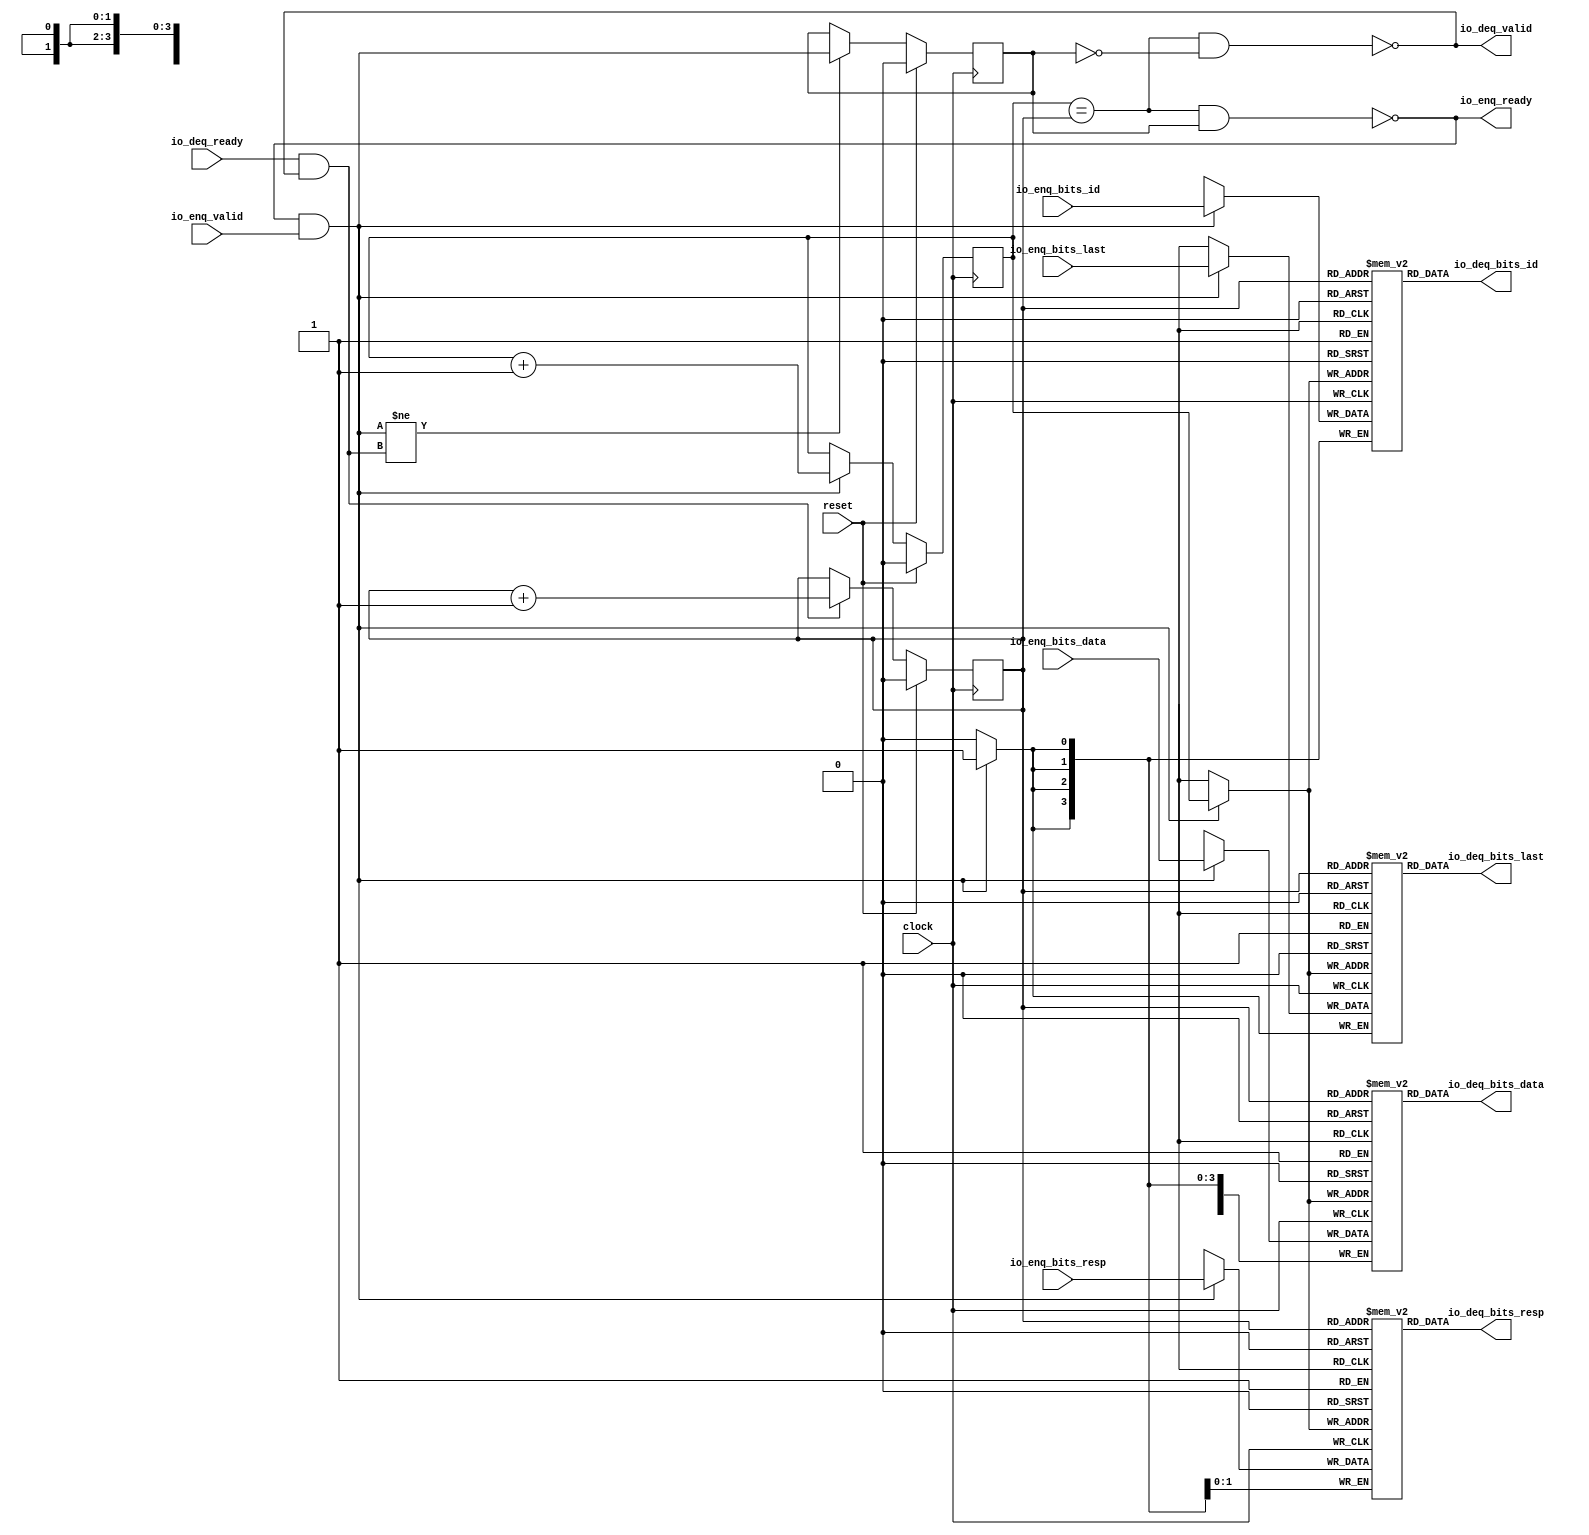
module Queue_4( // @[:freechips.rocketchip.system.DefaultRV32Config.fir@22589.2]
  input         clock, // @[:freechips.rocketchip.system.DefaultRV32Config.fir@22590.4]
  input         reset, // @[:freechips.rocketchip.system.DefaultRV32Config.fir@22591.4]
  output        io_enq_ready, // @[:freechips.rocketchip.system.DefaultRV32Config.fir@22592.4]
  input         io_enq_valid, // @[:freechips.rocketchip.system.DefaultRV32Config.fir@22592.4]
  input  [3:0]  io_enq_bits_id, // @[:freechips.rocketchip.system.DefaultRV32Config.fir@22592.4]
  input  [31:0] io_enq_bits_data, // @[:freechips.rocketchip.system.DefaultRV32Config.fir@22592.4]
  input  [1:0]  io_enq_bits_resp, // @[:freechips.rocketchip.system.DefaultRV32Config.fir@22592.4]
  input         io_enq_bits_last, // @[:freechips.rocketchip.system.DefaultRV32Config.fir@22592.4]
  input         io_deq_ready, // @[:freechips.rocketchip.system.DefaultRV32Config.fir@22592.4]
  output        io_deq_valid, // @[:freechips.rocketchip.system.DefaultRV32Config.fir@22592.4]
  output [3:0]  io_deq_bits_id, // @[:freechips.rocketchip.system.DefaultRV32Config.fir@22592.4]
  output [31:0] io_deq_bits_data, // @[:freechips.rocketchip.system.DefaultRV32Config.fir@22592.4]
  output [1:0]  io_deq_bits_resp, // @[:freechips.rocketchip.system.DefaultRV32Config.fir@22592.4]
  output        io_deq_bits_last // @[:freechips.rocketchip.system.DefaultRV32Config.fir@22592.4]
);
`ifdef RANDOMIZE_MEM_INIT
  reg [31:0] _RAND_0;
  reg [31:0] _RAND_1;
  reg [31:0] _RAND_2;
  reg [31:0] _RAND_3;
`endif // RANDOMIZE_MEM_INIT
`ifdef RANDOMIZE_REG_INIT
  reg [31:0] _RAND_4;
  reg [31:0] _RAND_5;
  reg [31:0] _RAND_6;
`endif // RANDOMIZE_REG_INIT
  reg [3:0] ram_id [0:1]; // @[Decoupled.scala 209:16:freechips.rocketchip.system.DefaultRV32Config.fir@22594.4]
  wire [3:0] ram_id__T_15_data; // @[Decoupled.scala 209:16:freechips.rocketchip.system.DefaultRV32Config.fir@22594.4]
  wire  ram_id__T_15_addr; // @[Decoupled.scala 209:16:freechips.rocketchip.system.DefaultRV32Config.fir@22594.4]
  wire [3:0] ram_id__T_5_data; // @[Decoupled.scala 209:16:freechips.rocketchip.system.DefaultRV32Config.fir@22594.4]
  wire  ram_id__T_5_addr; // @[Decoupled.scala 209:16:freechips.rocketchip.system.DefaultRV32Config.fir@22594.4]
  wire  ram_id__T_5_mask; // @[Decoupled.scala 209:16:freechips.rocketchip.system.DefaultRV32Config.fir@22594.4]
  wire  ram_id__T_5_en; // @[Decoupled.scala 209:16:freechips.rocketchip.system.DefaultRV32Config.fir@22594.4]
  reg [31:0] ram_data [0:1]; // @[Decoupled.scala 209:16:freechips.rocketchip.system.DefaultRV32Config.fir@22594.4]
  wire [31:0] ram_data__T_15_data; // @[Decoupled.scala 209:16:freechips.rocketchip.system.DefaultRV32Config.fir@22594.4]
  wire  ram_data__T_15_addr; // @[Decoupled.scala 209:16:freechips.rocketchip.system.DefaultRV32Config.fir@22594.4]
  wire [31:0] ram_data__T_5_data; // @[Decoupled.scala 209:16:freechips.rocketchip.system.DefaultRV32Config.fir@22594.4]
  wire  ram_data__T_5_addr; // @[Decoupled.scala 209:16:freechips.rocketchip.system.DefaultRV32Config.fir@22594.4]
  wire  ram_data__T_5_mask; // @[Decoupled.scala 209:16:freechips.rocketchip.system.DefaultRV32Config.fir@22594.4]
  wire  ram_data__T_5_en; // @[Decoupled.scala 209:16:freechips.rocketchip.system.DefaultRV32Config.fir@22594.4]
  reg [1:0] ram_resp [0:1]; // @[Decoupled.scala 209:16:freechips.rocketchip.system.DefaultRV32Config.fir@22594.4]
  wire [1:0] ram_resp__T_15_data; // @[Decoupled.scala 209:16:freechips.rocketchip.system.DefaultRV32Config.fir@22594.4]
  wire  ram_resp__T_15_addr; // @[Decoupled.scala 209:16:freechips.rocketchip.system.DefaultRV32Config.fir@22594.4]
  wire [1:0] ram_resp__T_5_data; // @[Decoupled.scala 209:16:freechips.rocketchip.system.DefaultRV32Config.fir@22594.4]
  wire  ram_resp__T_5_addr; // @[Decoupled.scala 209:16:freechips.rocketchip.system.DefaultRV32Config.fir@22594.4]
  wire  ram_resp__T_5_mask; // @[Decoupled.scala 209:16:freechips.rocketchip.system.DefaultRV32Config.fir@22594.4]
  wire  ram_resp__T_5_en; // @[Decoupled.scala 209:16:freechips.rocketchip.system.DefaultRV32Config.fir@22594.4]
  reg  ram_last [0:1]; // @[Decoupled.scala 209:16:freechips.rocketchip.system.DefaultRV32Config.fir@22594.4]
  wire  ram_last__T_15_data; // @[Decoupled.scala 209:16:freechips.rocketchip.system.DefaultRV32Config.fir@22594.4]
  wire  ram_last__T_15_addr; // @[Decoupled.scala 209:16:freechips.rocketchip.system.DefaultRV32Config.fir@22594.4]
  wire  ram_last__T_5_data; // @[Decoupled.scala 209:16:freechips.rocketchip.system.DefaultRV32Config.fir@22594.4]
  wire  ram_last__T_5_addr; // @[Decoupled.scala 209:16:freechips.rocketchip.system.DefaultRV32Config.fir@22594.4]
  wire  ram_last__T_5_mask; // @[Decoupled.scala 209:16:freechips.rocketchip.system.DefaultRV32Config.fir@22594.4]
  wire  ram_last__T_5_en; // @[Decoupled.scala 209:16:freechips.rocketchip.system.DefaultRV32Config.fir@22594.4]
  reg  _T; // @[Counter.scala 29:33:freechips.rocketchip.system.DefaultRV32Config.fir@22595.4]
  reg  _T_1; // @[Counter.scala 29:33:freechips.rocketchip.system.DefaultRV32Config.fir@22596.4]
  reg  maybe_full; // @[Decoupled.scala 212:27:freechips.rocketchip.system.DefaultRV32Config.fir@22597.4]
  wire  ptr_match; // @[Decoupled.scala 214:33:freechips.rocketchip.system.DefaultRV32Config.fir@22598.4]
  wire  _T_2; // @[Decoupled.scala 215:28:freechips.rocketchip.system.DefaultRV32Config.fir@22599.4]
  wire  empty; // @[Decoupled.scala 215:25:freechips.rocketchip.system.DefaultRV32Config.fir@22600.4]
  wire  full; // @[Decoupled.scala 216:24:freechips.rocketchip.system.DefaultRV32Config.fir@22601.4]
  wire  do_enq; // @[Decoupled.scala 40:37:freechips.rocketchip.system.DefaultRV32Config.fir@22602.4]
  wire  do_deq; // @[Decoupled.scala 40:37:freechips.rocketchip.system.DefaultRV32Config.fir@22605.4]
  wire  _T_8; // @[Counter.scala 39:22:freechips.rocketchip.system.DefaultRV32Config.fir@22616.6]
  wire  _T_11; // @[Counter.scala 39:22:freechips.rocketchip.system.DefaultRV32Config.fir@22622.6]
  wire  _T_12; // @[Decoupled.scala 227:16:freechips.rocketchip.system.DefaultRV32Config.fir@22625.4]
  assign ram_id__T_15_addr = _T_1;
  assign ram_id__T_15_data = ram_id[ram_id__T_15_addr]; // @[Decoupled.scala 209:16:freechips.rocketchip.system.DefaultRV32Config.fir@22594.4]
  assign ram_id__T_5_data = io_enq_bits_id;
  assign ram_id__T_5_addr = _T;
  assign ram_id__T_5_mask = 1'h1;
  assign ram_id__T_5_en = io_enq_ready & io_enq_valid;
  assign ram_data__T_15_addr = _T_1;
  assign ram_data__T_15_data = ram_data[ram_data__T_15_addr]; // @[Decoupled.scala 209:16:freechips.rocketchip.system.DefaultRV32Config.fir@22594.4]
  assign ram_data__T_5_data = io_enq_bits_data;
  assign ram_data__T_5_addr = _T;
  assign ram_data__T_5_mask = 1'h1;
  assign ram_data__T_5_en = io_enq_ready & io_enq_valid;
  assign ram_resp__T_15_addr = _T_1;
  assign ram_resp__T_15_data = ram_resp[ram_resp__T_15_addr]; // @[Decoupled.scala 209:16:freechips.rocketchip.system.DefaultRV32Config.fir@22594.4]
  assign ram_resp__T_5_data = io_enq_bits_resp;
  assign ram_resp__T_5_addr = _T;
  assign ram_resp__T_5_mask = 1'h1;
  assign ram_resp__T_5_en = io_enq_ready & io_enq_valid;
  assign ram_last__T_15_addr = _T_1;
  assign ram_last__T_15_data = ram_last[ram_last__T_15_addr]; // @[Decoupled.scala 209:16:freechips.rocketchip.system.DefaultRV32Config.fir@22594.4]
  assign ram_last__T_5_data = io_enq_bits_last;
  assign ram_last__T_5_addr = _T;
  assign ram_last__T_5_mask = 1'h1;
  assign ram_last__T_5_en = io_enq_ready & io_enq_valid;
  assign ptr_match = _T == _T_1; // @[Decoupled.scala 214:33:freechips.rocketchip.system.DefaultRV32Config.fir@22598.4]
  assign _T_2 = ~maybe_full; // @[Decoupled.scala 215:28:freechips.rocketchip.system.DefaultRV32Config.fir@22599.4]
  assign empty = ptr_match & _T_2; // @[Decoupled.scala 215:25:freechips.rocketchip.system.DefaultRV32Config.fir@22600.4]
  assign full = ptr_match & maybe_full; // @[Decoupled.scala 216:24:freechips.rocketchip.system.DefaultRV32Config.fir@22601.4]
  assign do_enq = io_enq_ready & io_enq_valid; // @[Decoupled.scala 40:37:freechips.rocketchip.system.DefaultRV32Config.fir@22602.4]
  assign do_deq = io_deq_ready & io_deq_valid; // @[Decoupled.scala 40:37:freechips.rocketchip.system.DefaultRV32Config.fir@22605.4]
  assign _T_8 = _T + 1'h1; // @[Counter.scala 39:22:freechips.rocketchip.system.DefaultRV32Config.fir@22616.6]
  assign _T_11 = _T_1 + 1'h1; // @[Counter.scala 39:22:freechips.rocketchip.system.DefaultRV32Config.fir@22622.6]
  assign _T_12 = do_enq != do_deq; // @[Decoupled.scala 227:16:freechips.rocketchip.system.DefaultRV32Config.fir@22625.4]
  assign io_enq_ready = ~full; // @[Decoupled.scala 232:16:freechips.rocketchip.system.DefaultRV32Config.fir@22632.4]
  assign io_deq_valid = ~empty; // @[Decoupled.scala 231:16:freechips.rocketchip.system.DefaultRV32Config.fir@22630.4]
  assign io_deq_bits_id = ram_id__T_15_data; // @[Decoupled.scala 233:15:freechips.rocketchip.system.DefaultRV32Config.fir@22637.4]
  assign io_deq_bits_data = ram_data__T_15_data; // @[Decoupled.scala 233:15:freechips.rocketchip.system.DefaultRV32Config.fir@22636.4]
  assign io_deq_bits_resp = ram_resp__T_15_data; // @[Decoupled.scala 233:15:freechips.rocketchip.system.DefaultRV32Config.fir@22635.4]
  assign io_deq_bits_last = ram_last__T_15_data; // @[Decoupled.scala 233:15:freechips.rocketchip.system.DefaultRV32Config.fir@22634.4]
`ifdef RANDOMIZE_GARBAGE_ASSIGN
`define RANDOMIZE
`endif
`ifdef RANDOMIZE_INVALID_ASSIGN
`define RANDOMIZE
`endif
`ifdef RANDOMIZE_REG_INIT
`define RANDOMIZE
`endif
`ifdef RANDOMIZE_MEM_INIT
`define RANDOMIZE
`endif
`ifndef RANDOM
`define RANDOM $random
`endif
`ifdef RANDOMIZE_MEM_INIT
  integer initvar;
`endif
`ifndef SYNTHESIS
`ifdef FIRRTL_BEFORE_INITIAL
`FIRRTL_BEFORE_INITIAL
`endif
initial begin
  `ifdef RANDOMIZE
    `ifdef INIT_RANDOM
      `INIT_RANDOM
    `endif
    `ifndef VERILATOR
      `ifdef RANDOMIZE_DELAY
        #`RANDOMIZE_DELAY begin end
      `else
        #0.002 begin end
      `endif
    `endif
`ifdef RANDOMIZE_MEM_INIT
  _RAND_0 = {1{`RANDOM}};
  for (initvar = 0; initvar < 2; initvar = initvar+1)
    ram_id[initvar] = _RAND_0[3:0];
  _RAND_1 = {1{`RANDOM}};
  for (initvar = 0; initvar < 2; initvar = initvar+1)
    ram_data[initvar] = _RAND_1[31:0];
  _RAND_2 = {1{`RANDOM}};
  for (initvar = 0; initvar < 2; initvar = initvar+1)
    ram_resp[initvar] = _RAND_2[1:0];
  _RAND_3 = {1{`RANDOM}};
  for (initvar = 0; initvar < 2; initvar = initvar+1)
    ram_last[initvar] = _RAND_3[0:0];
`endif // RANDOMIZE_MEM_INIT
`ifdef RANDOMIZE_REG_INIT
  _RAND_4 = {1{`RANDOM}};
  _T = _RAND_4[0:0];
  _RAND_5 = {1{`RANDOM}};
  _T_1 = _RAND_5[0:0];
  _RAND_6 = {1{`RANDOM}};
  maybe_full = _RAND_6[0:0];
`endif // RANDOMIZE_REG_INIT
  `endif // RANDOMIZE
end // initial
`ifdef FIRRTL_AFTER_INITIAL
`FIRRTL_AFTER_INITIAL
`endif
`endif // SYNTHESIS
  always @(posedge clock) begin
    if(ram_id__T_5_en & ram_id__T_5_mask) begin
      ram_id[ram_id__T_5_addr] <= ram_id__T_5_data; // @[Decoupled.scala 209:16:freechips.rocketchip.system.DefaultRV32Config.fir@22594.4]
    end
    if(ram_data__T_5_en & ram_data__T_5_mask) begin
      ram_data[ram_data__T_5_addr] <= ram_data__T_5_data; // @[Decoupled.scala 209:16:freechips.rocketchip.system.DefaultRV32Config.fir@22594.4]
    end
    if(ram_resp__T_5_en & ram_resp__T_5_mask) begin
      ram_resp[ram_resp__T_5_addr] <= ram_resp__T_5_data; // @[Decoupled.scala 209:16:freechips.rocketchip.system.DefaultRV32Config.fir@22594.4]
    end
    if(ram_last__T_5_en & ram_last__T_5_mask) begin
      ram_last[ram_last__T_5_addr] <= ram_last__T_5_data; // @[Decoupled.scala 209:16:freechips.rocketchip.system.DefaultRV32Config.fir@22594.4]
    end
    if (reset) begin
      _T <= 1'h0;
    end else if (do_enq) begin
      _T <= _T_8;
    end
    if (reset) begin
      _T_1 <= 1'h0;
    end else if (do_deq) begin
      _T_1 <= _T_11;
    end
    if (reset) begin
      maybe_full <= 1'h0;
    end else if (_T_12) begin
      maybe_full <= do_enq;
    end
  end
endmodule